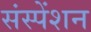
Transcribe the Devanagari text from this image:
संस्पेंशन